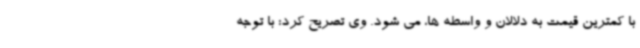
با کمترین قیمت به دلالان و واسطه ها، می شود. وی تصریح کرد: با توجه